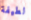
لطيفة